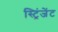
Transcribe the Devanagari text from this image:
स्ट्रिंजेंट